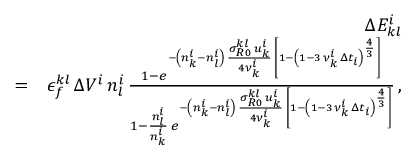
\begin{array} { r l r } & { } & { \Delta E _ { k l } ^ { i } } \\ & { = } & { \epsilon _ { f } ^ { k l } \, \Delta V ^ { i } \, n _ { l } ^ { i } \, \frac { 1 - e ^ { - \left( n _ { k } ^ { i } - n _ { l } ^ { i } \right) \, \frac { \sigma _ { R 0 } ^ { k l } \, u _ { k } ^ { i } } { 4 \nu _ { k } ^ { i } } \, \left[ 1 - \left( 1 - 3 \, \nu _ { k } ^ { i } \, \Delta t _ { i } \right) ^ { \frac { 4 } { 3 } } \right] } } { 1 - \frac { n _ { l } ^ { i } } { n _ { k } ^ { i } } \, e ^ { - \left( n _ { k } ^ { i } - n _ { l } ^ { i } \right) \, \frac { \sigma _ { R 0 } ^ { k l } \, u _ { k } ^ { i } } { 4 \nu _ { k } ^ { i } } \, \left[ 1 - \left( 1 - 3 \, \nu _ { k } ^ { i } \, \Delta t _ { i } \right) ^ { \frac { 4 } { 3 } } \right] } } \, , } \end{array}